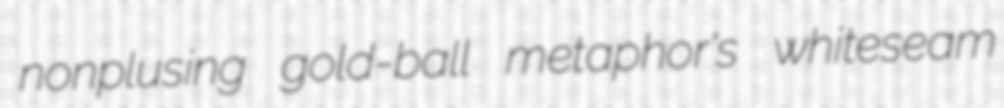
nonplusing gold-ball metaphor's whiteseam